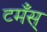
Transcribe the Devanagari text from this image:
टमँस्